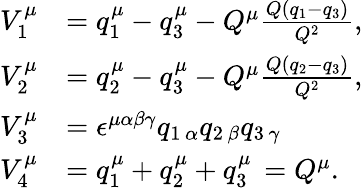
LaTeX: \begin{array}{ll}{{V_{1}^{\mu}}}&{{=q_{1}^{\mu}-q_{3}^{\mu}-Q^{\mu}\frac{Q(q_{1}-q_{3})}{Q^{2}},}}\\ {{V_{2}^{\mu}}}&{{=q_{2}^{\mu}-q_{3}^{\mu}-Q^{\mu}\frac{Q(q_{2}-q_{3})}{Q^{2}},}}\\ {{V_{3}^{\mu}}}&{{=\epsilon^{\mu\alpha\beta\gamma}q_{1\, \alpha}q_{2\, \beta}q_{3\, \gamma}}}\\ {{V_{4}^{\mu}}}&{{=q_{1}^{\mu}+q_{2}^{\mu}+q_{3}^{\mu}\, =Q^{\mu}.}}\end{array}